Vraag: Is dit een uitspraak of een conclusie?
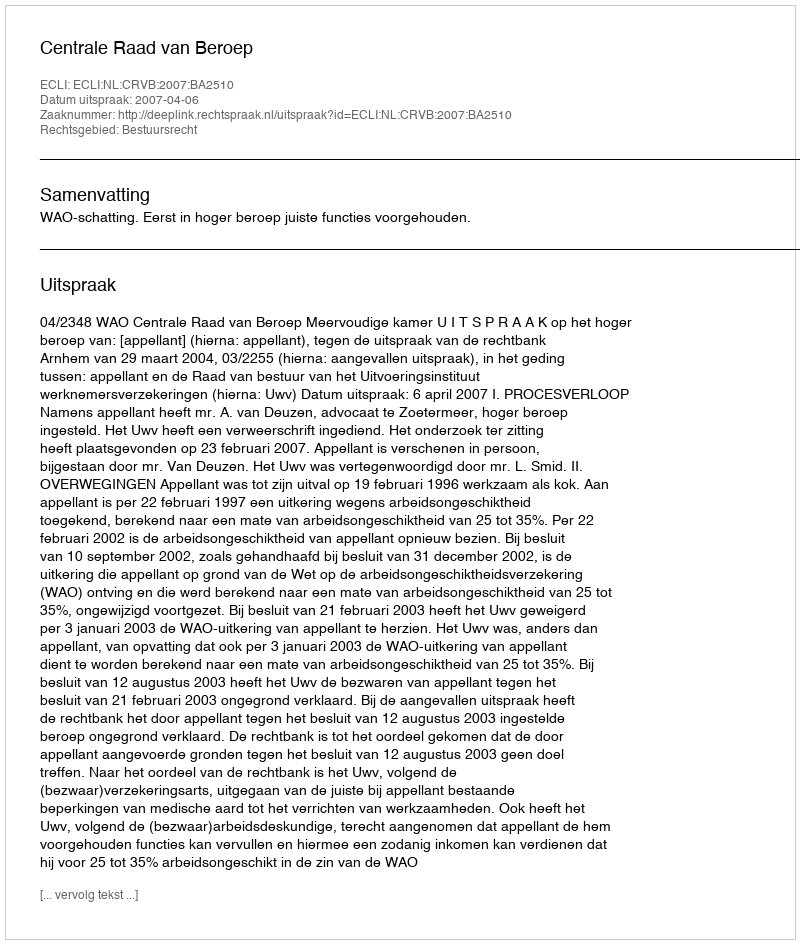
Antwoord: Uitspraak